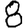
Digit: 8